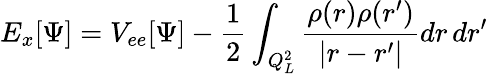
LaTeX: E_{x}[\Psi]=V_{ee}[\Psi]-\frac 12\int_{Q_{L}^{2}}\frac{\rho(r)\rho(r^{\prime})}{|r-r^{\prime}|}dr\, dr^{\prime}